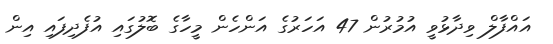
އައްފާލް ވިދާޅުވީ އުމުރުން 47 އަހަރުގެ އަންހެން މީހާގެ ބޮލުގައި އުފެދިފައި އިން